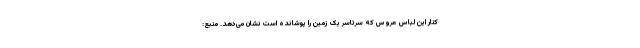
کنار این لباس عروس که سرتاسر یک زمین را پوشانده است نشان می‌دهد. منبع: